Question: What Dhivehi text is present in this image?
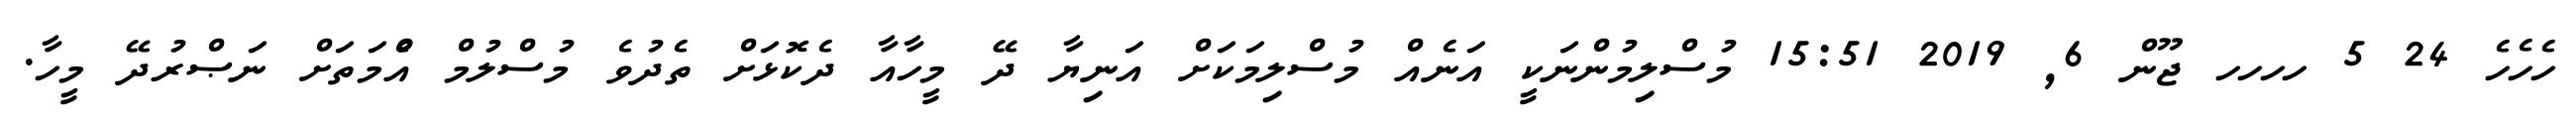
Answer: ހެހެހެ 24 5 ހހހހ ޖޫން 6, 2019 15:51 މުސްލިމުންނަކީ އަނެއް މުސްލިމަކަށް އަނިޔާ ދޭ މީހާއާ ދެކޮޅަށް ތެދުވެ މުސްލުމް އުެްމަތަށް ނަޞްރުދޭ މީހާ.